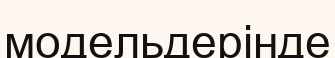
модельдерінде